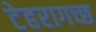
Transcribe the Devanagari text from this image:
टेहरागच्छ